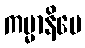
ကမ္မာနိပေ